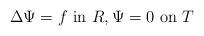
LaTeX: \begin{align*} \Delta \Psi = f \textup{~in~} R, \Psi = 0 \textup{~on~} T \end{align*}